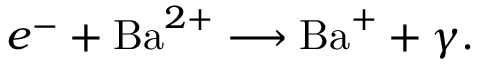
e ^ { - } + \mathrm { B a } ^ { 2 + } \longrightarrow \mathrm { B a } ^ { + } + \gamma .